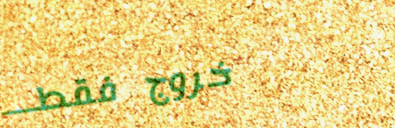
خروج فقط